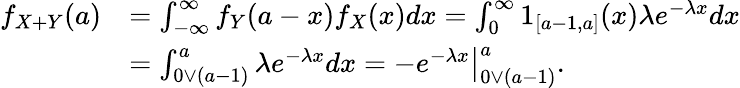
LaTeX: \begin{array}{rl}{f_{X+Y}(a)}&{=\int_{-\infty}^{\infty}f_{Y}(a-x)f_{X}(x)dx=\int_{0}^{\infty}1_{[a-1,a]}(x)\lambda e^{-\lambda x}dx}\\ &{=\int_{0\vee(a-1)}^{a}\lambda e^{-\lambda x}dx=\left.-e^{-\lambda x}\right|_{0\vee(a-1)}^{a}.}\end{array}